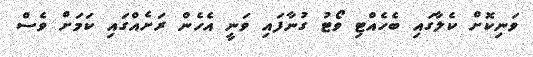
ވަނިކޮށް ކެލާގައި ބެހެއްޓި ވޯޓު ގުނާފައި ވަނީ އެހެން ރަށެއްގައި ކަމަށް ވެސް